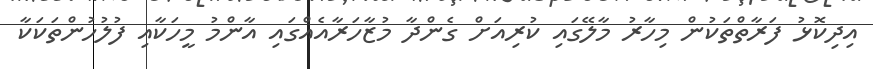
އިދިކޮޅު ފަރާތްތަކުން މިހާރު މާލޭގައި ކުރިއަށް ގެންދާ މުޒާހަރާއެއްގައި އާންމު މީހަކާއި ފުލުހުންތަކަކާ